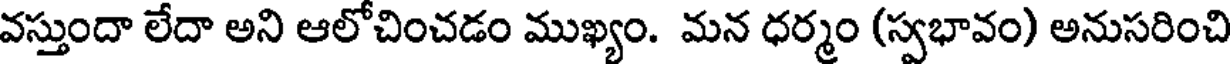
వస్తుందా లేదా అని ఆలోచించడం ముఖ్యం. మన ధర్మం (స్వభావం) అనుసరించి